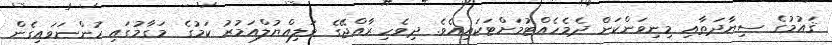
ޤައުމުގެ ސިޔާދަތާއި މިނިވަންކަން ދެމެހެއްޓުމަށްޓަކައިއެވެ. ދިވެހި ރާއްޖޭގެ ވަލިއްޔުލްއަމުރު ކަމުގެ މަގާމުގައި ހުންނަވައިގެން